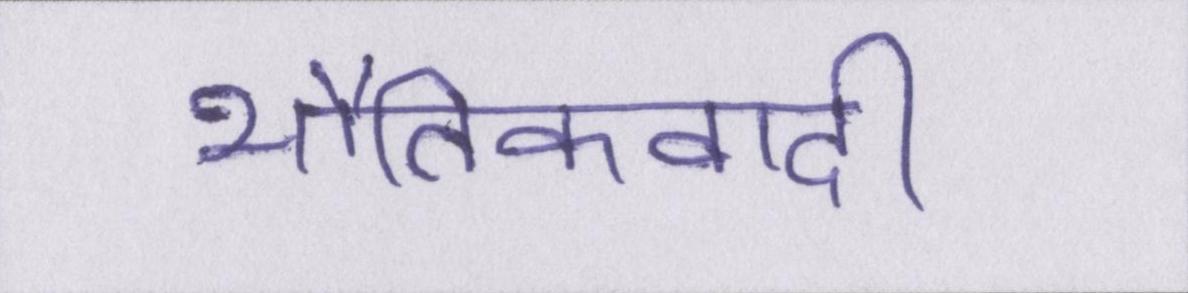
भौतिकवादी